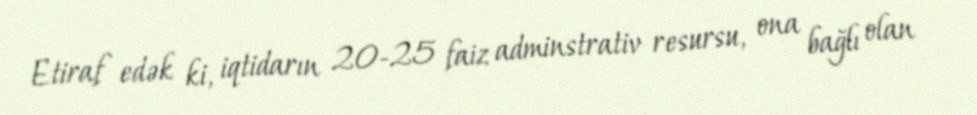
Etiraf edək ki, iqtidarın 20-25 faiz adminstrativ resursu, ona bağlı olan